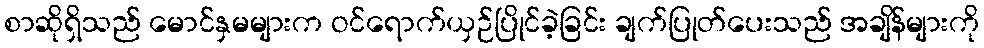
စာဆိုရှိသည် မောင်နှမများက ဝင်ရောက်ယှဉ်ပြိုင်ခဲ့ခြင်း ချက်ပြုတ်ပေးသည် အချိန်များကို